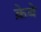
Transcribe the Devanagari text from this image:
क्रेबे